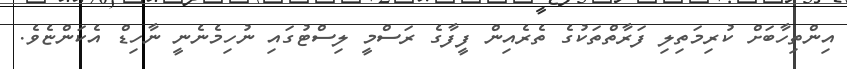
އިންތިހާބަށް ކުރިމަތިލި ފަރާތްތަކުގެ ތެރެއިން ފީފާގެ ރަސްމީ ލިސްޓުގައި ނުހިމެނެނީ ނާހިޑް އެކަންޏެވެ.